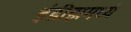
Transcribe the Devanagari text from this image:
इंडीझमध्ये